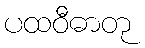
ပထဝီဓာတု